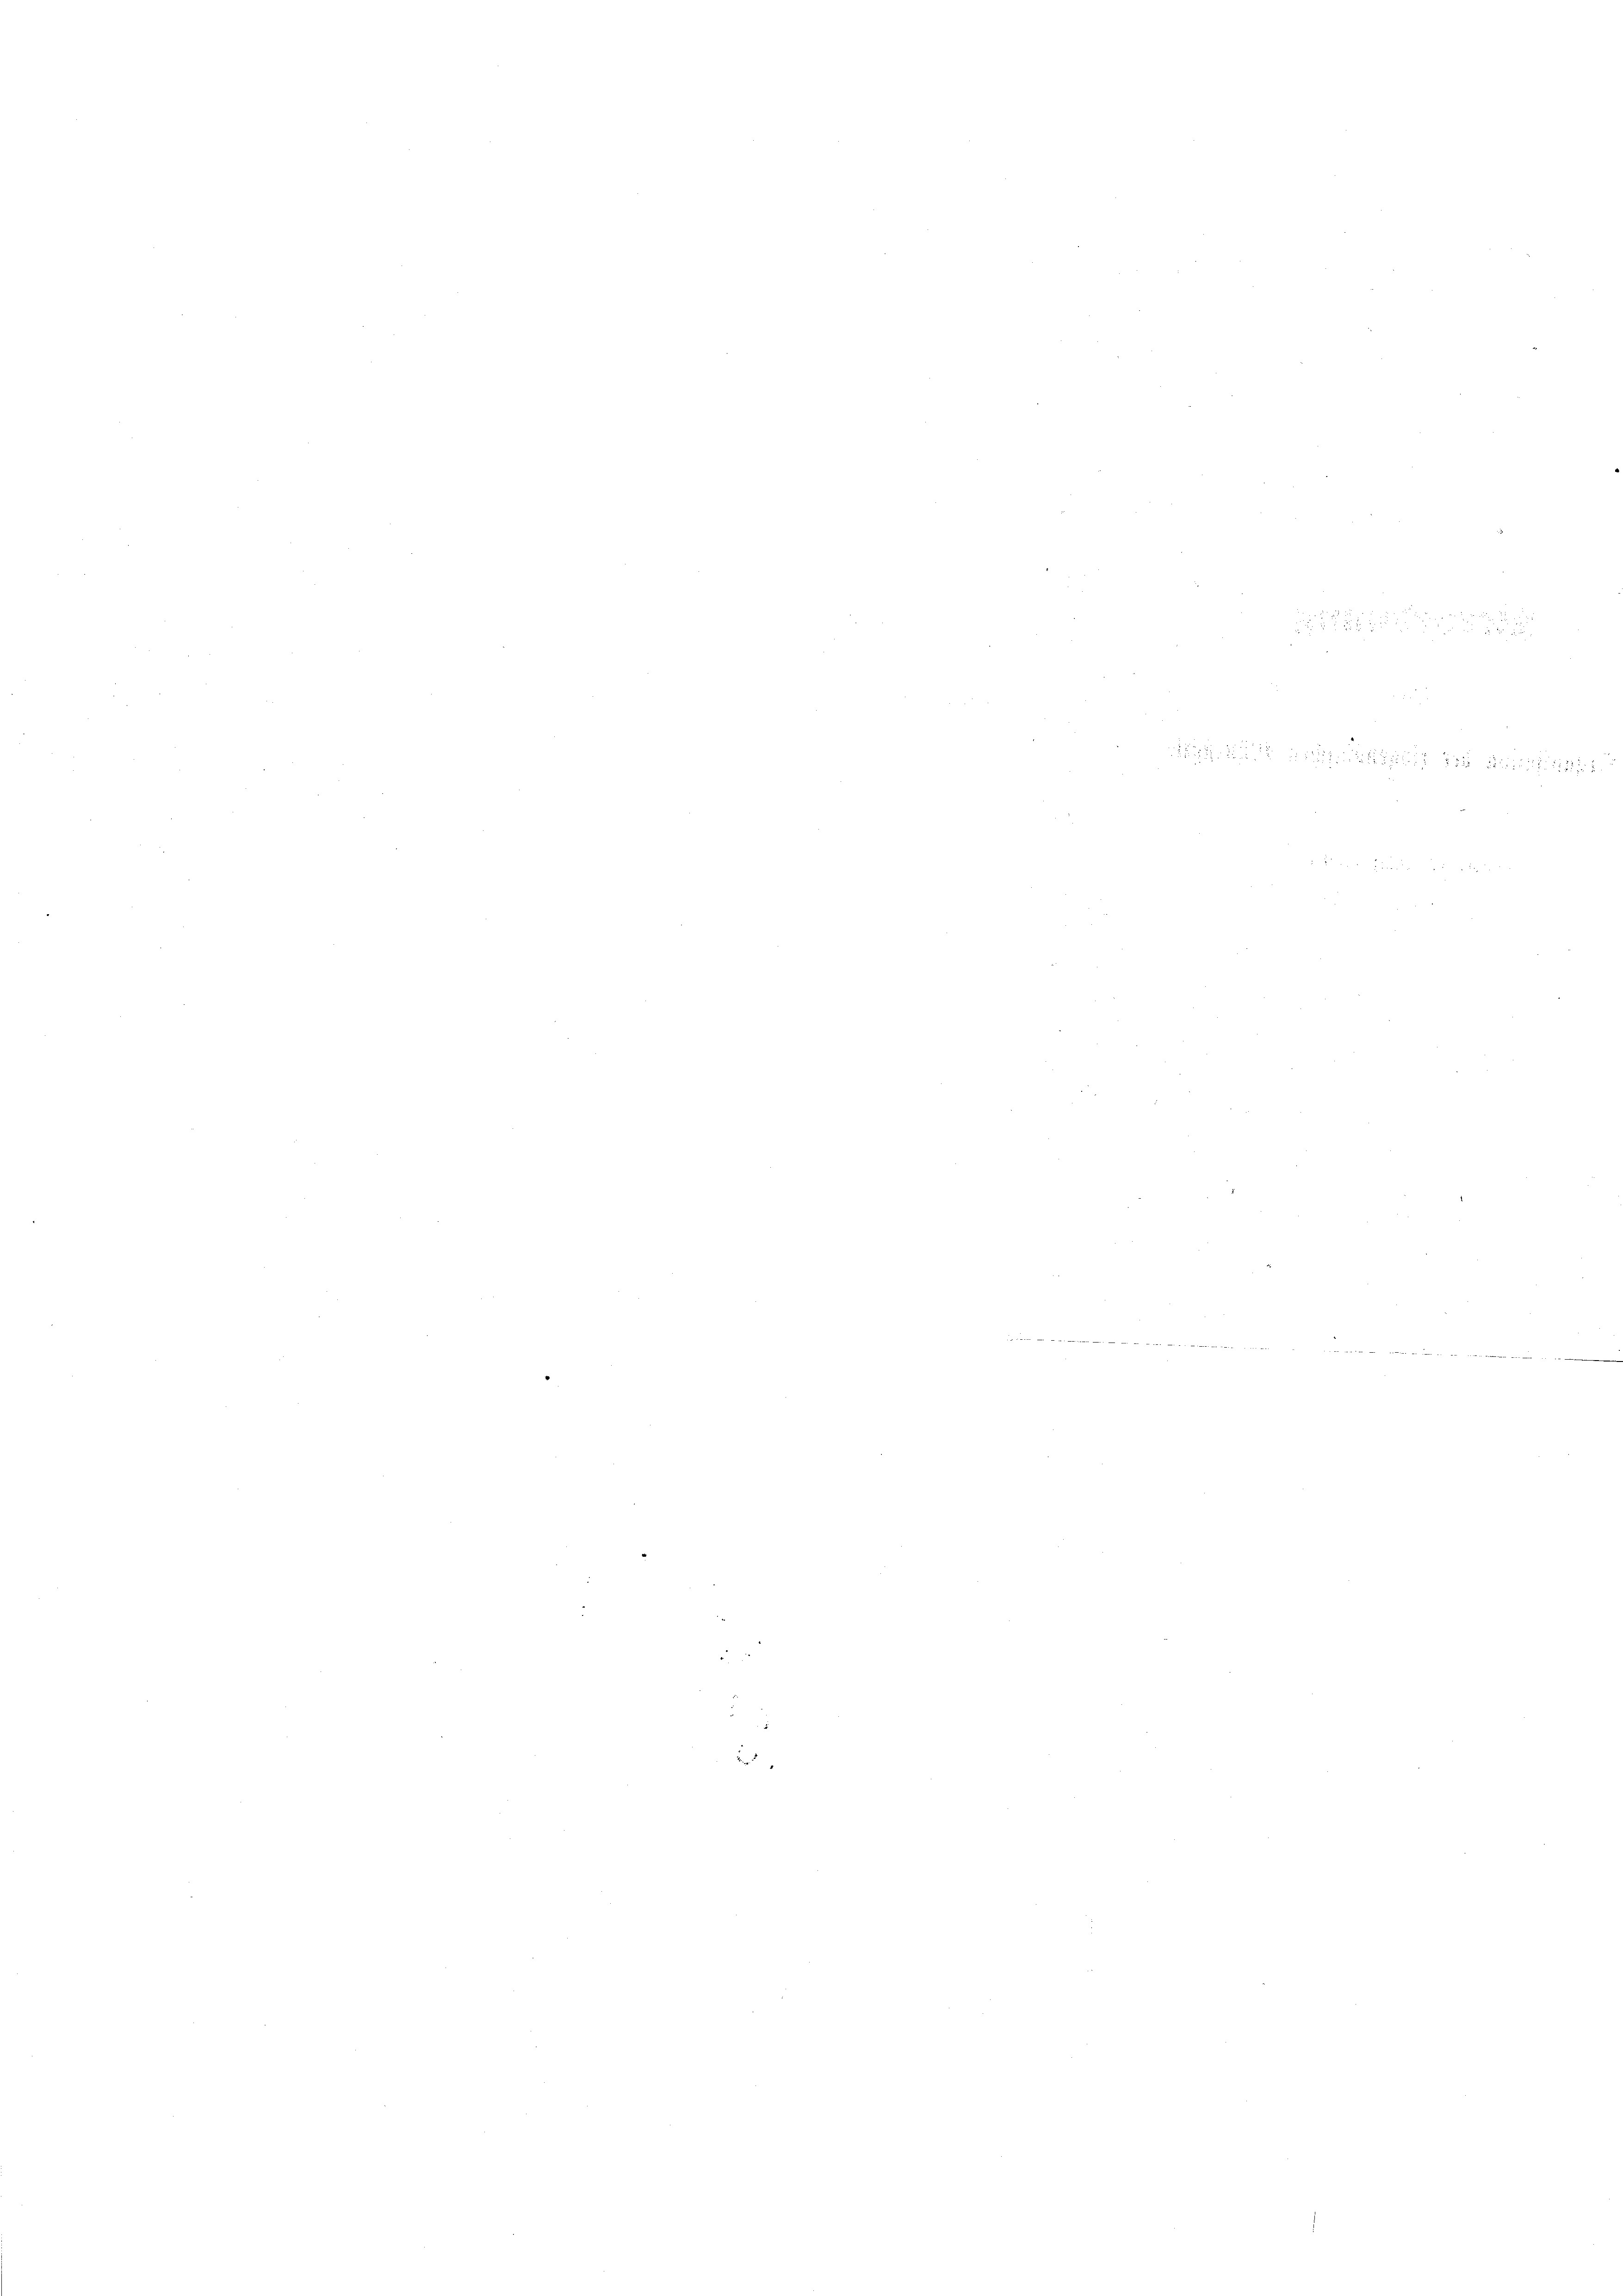
ein